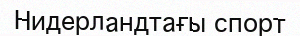
Нидерландтағы спорт